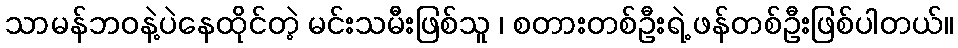
သာမန်ဘဝနဲ့ပဲနေထိုင်တဲ့ မင်းသမီးဖြစ်သူ ၊ စတားတစ်ဦးရဲ့ ဖန်တစ်ဦးဖြစ်ပါတယ်။